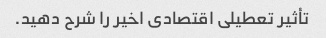
تأثیر تعطیلی اقتصادی اخیر را شرح دهید.